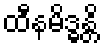
ထီနမိဒ္ဓန္တိ